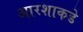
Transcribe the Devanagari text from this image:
आरशाकडे